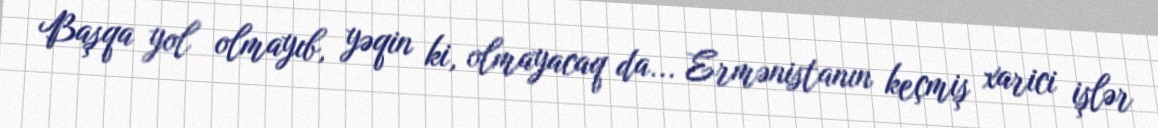
Başqa yol olmayıb, yəqin ki, olmayacaq da... Ermənistanın keçmiş xarici işlər